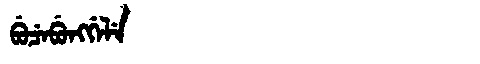
Manchu: ᠪᡠᠴᡝᠪᡠᠩᡤᡝᠯᡝ
Romanization: BUCEBUNGGELE